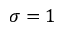
\sigma = 1